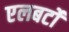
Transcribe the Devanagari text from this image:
एलबर्टो